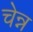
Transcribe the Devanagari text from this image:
चेन्न